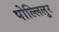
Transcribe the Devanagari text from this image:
पोल्लिलुर